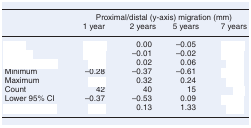
<table><thead><tr><td rowspan="2">[EMPTY_CELL]</td><td colspan="4"><b>Proximal/distal (y-axis) migration (mm)</b></td></tr><tr><td><b>1 year</b></td><td><b>2 years</b></td><td><b>5 years</b></td><td><b>7 years</b></td></tr></thead><tbody><tr><td>[EMPTY_CELL]</td><td>[EMPTY_CELL]</td><td>0.00</td><td>–0.05</td><td>[EMPTY_CELL]</td></tr><tr><td>[EMPTY_CELL]</td><td>[EMPTY_CELL]</td><td>–0.01</td><td>–0.02</td><td>[EMPTY_CELL]</td></tr><tr><td>[EMPTY_CELL]</td><td>[EMPTY_CELL]</td><td>0.02</td><td>0.06</td><td>[EMPTY_CELL]</td></tr><tr><td>Minimum</td><td>–0.28</td><td>–0.37</td><td>–0.61</td><td>[EMPTY_CELL]</td></tr><tr><td>Maximum</td><td>[EMPTY_CELL]</td><td>0.32</td><td>0.24</td><td>[EMPTY_CELL]</td></tr><tr><td>Count</td><td>42</td><td>40</td><td>15</td><td>[EMPTY_CELL]</td></tr><tr><td>Lower 95% CI</td><td>–0.37</td><td>–0.53</td><td>0.09</td><td>[EMPTY_CELL]</td></tr><tr><td>[EMPTY_CELL]</td><td>[EMPTY_CELL]</td><td>0.13</td><td>1.33</td><td>[EMPTY_CELL]</td></tr></tbody></table>